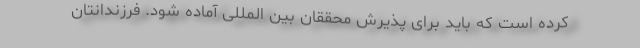
کرده است که باید برای پذیرش محققان بین المللی آماده شود. فرزندانتان